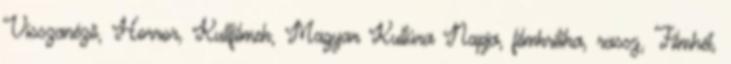
Visszanéző, Horror, Kultfilmek, Magyar Kultúra Napja, filmkritika, rassz, Filmhét,